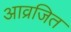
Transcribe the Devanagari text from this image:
आव्रजित